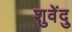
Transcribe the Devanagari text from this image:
शुवेंदु